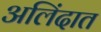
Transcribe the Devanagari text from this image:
अलिंदात